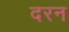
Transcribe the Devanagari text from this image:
दरन